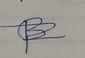
Signature authenticity: forged